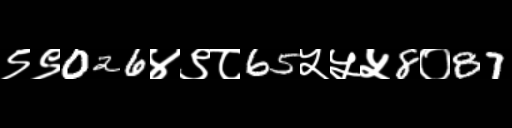
Text: ९९026४९८65५५५8०87